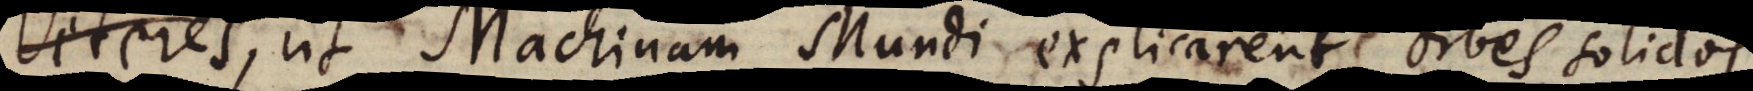
temporum, ut Machinam Mundi explicarent,orbes solidos